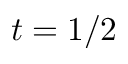
t = 1 / 2